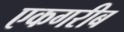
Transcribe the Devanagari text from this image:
एकगरीब